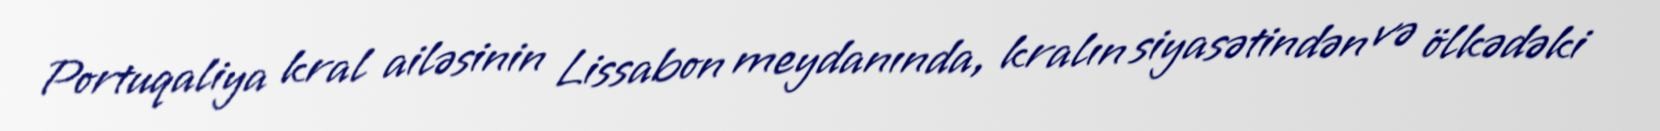
Portuqaliya kral ailəsinin Lissabon meydanında, kralın siyasətindən və ölkədəki